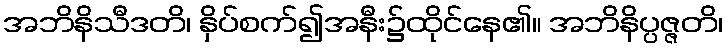
အဘိနိသီဒတိ၊ နှိပ်စက်၍အနီး၌ထိုင်နေ၏။ အဘိနိပ္ပဇ္ဇတိ၊